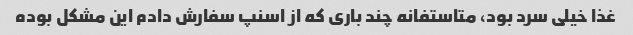
غذا خیلی سرد بود، متاستفانه چند باری که از اسنپ سفارش دادم این مشکل بوده